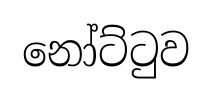
නෝට්ටුව